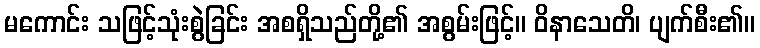
မကောင်း သဖြင့်သုံးစွဲခြင်း အစရှိသည်တို့၏ အစွမ်းဖြင့်။ ဝိနာသေတိ၊ ပျက်စီး၏။